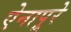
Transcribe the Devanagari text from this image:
ऐनापूरे